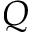
Q